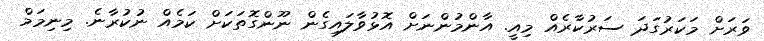
ވަރަށް މަކަރުގަދަ ސަރުކާރެއް މިއީ. އާންމުންނަށް އޮޅުވާލައިގެން ނޫންގޮތަކަށް ކަމެއް ނުކުރާނެ. މިނިމަމް